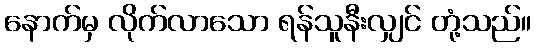
နောက်မှ လိုက်လာသော ရန်သူနီးလျှင် တုံ့သည်။